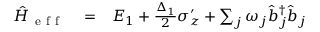
\begin{array} { r l r } { \hat { H } _ { \mathrm { ~ e ~ f ~ f ~ } } } & { { } = } & { E _ { 1 } + \frac { \Delta _ { 1 } } { 2 } \sigma _ { z } ^ { \prime } + \sum _ { j } \omega _ { j } \hat { b } _ { j } ^ { \dagger } \hat { b } _ { j } } \end{array}